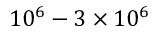
1 0 ^ { 6 } - 3 \times 1 0 ^ { 6 }